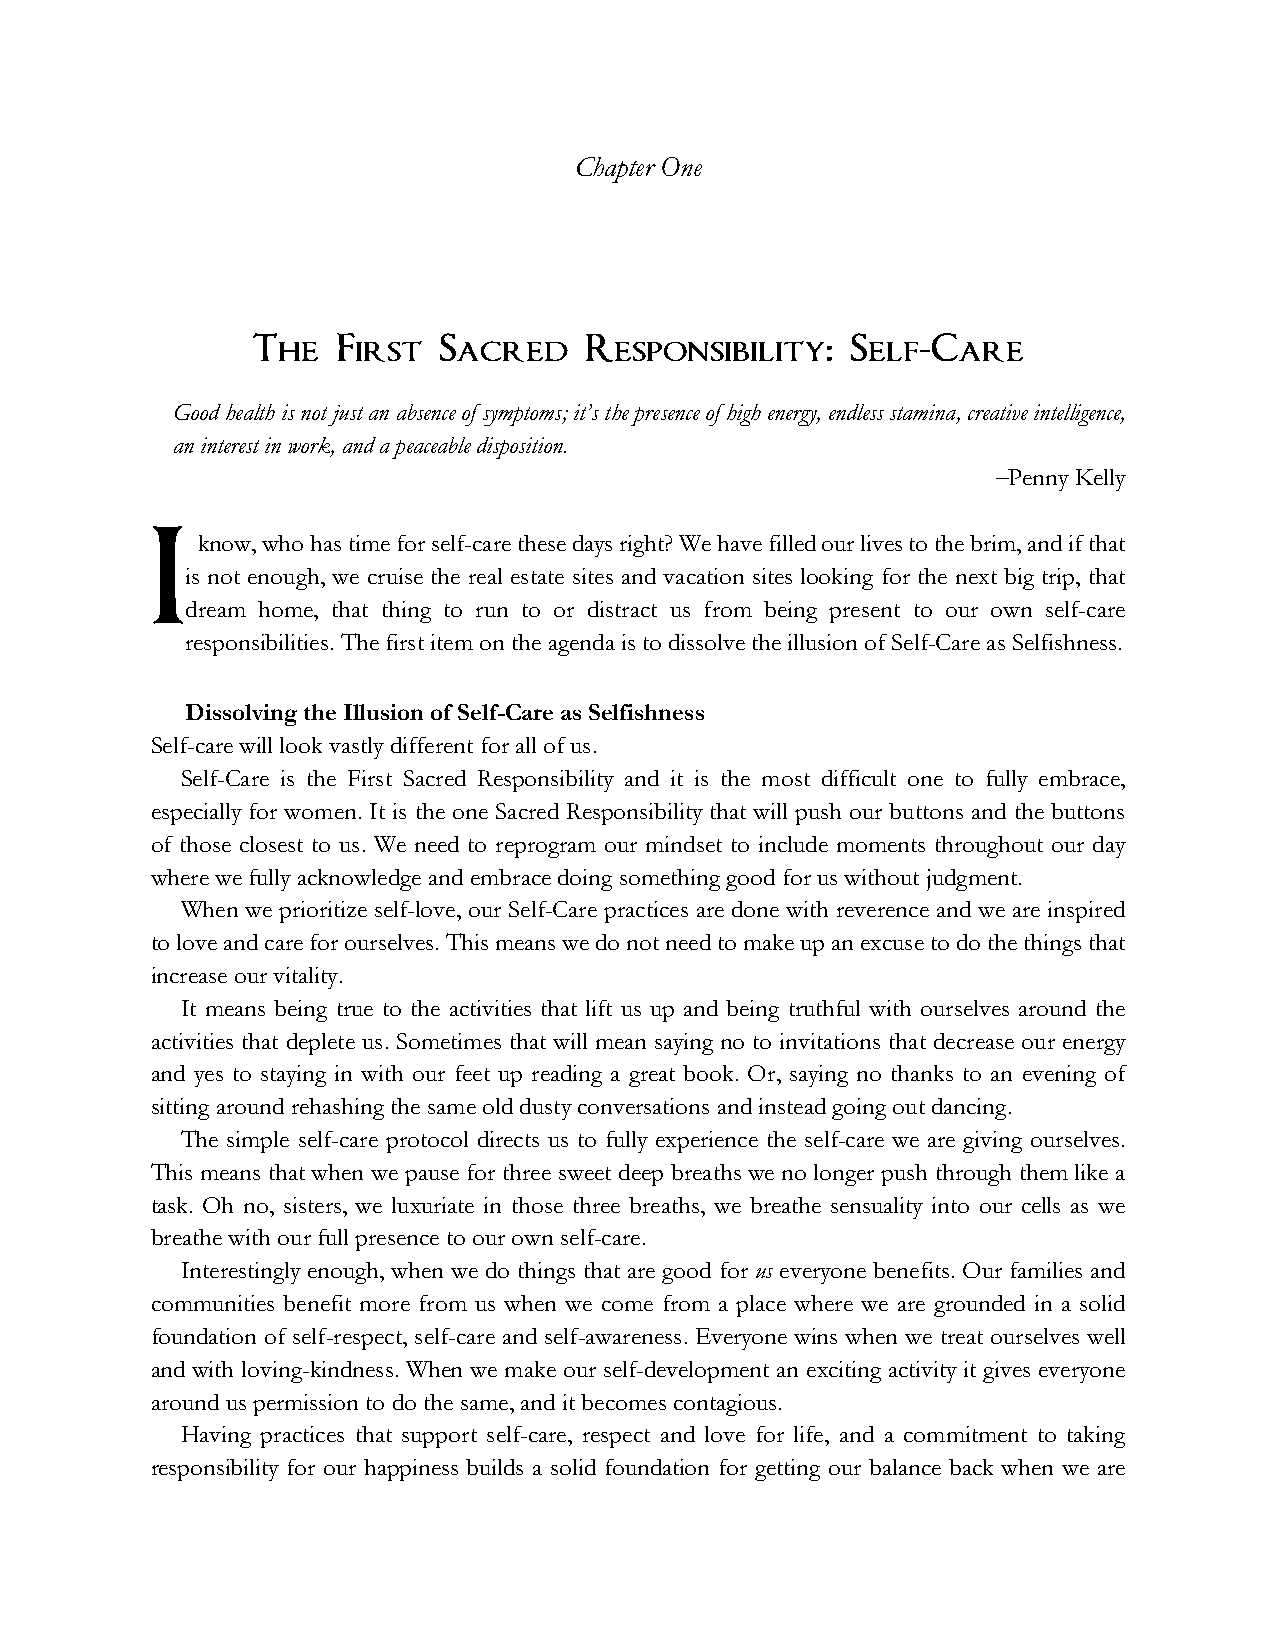
Chapter One
 The  First  Sacred    Responsibility:  Self-Care
 Good health is not just an absence of symptoms; it’s the presence of high energy, endless stamina, creative intelligence,
 an interest in work, and a peaceable disposition.
 –Penny Kelly
 know, who has time for self-care these days right? We have filled our lives to the brim, and if that
 I
 is not enough, we cruise the real estate sites and vacation sites looking for the next big trip, that
 dream home, that thing to run to or distract us from being present to our own self-care
 responsibilities. The first item on the agenda is to dissolve the illusion of Self-Care as Selfishness.
 Dissolving the Illusion of Self-Care as Selfishness
 Self-care will look vastly different for all of us.
 Self-Care is the First Sacred Responsibility and it is the most difficult one to fully embrace,
 especially for women. It is the one Sacred Responsibility that will push our buttons and the buttons
 of those closest to us. We need to reprogram our mindset to include moments throughout our day
 where we fully acknowledge and embrace doing something good for us without judgment.
 When we prioritize self-love, our Self-Care practices are done with reverence and we are inspired
 to love and care for ourselves. This means we do not need to make up an excuse to do the things that
 increase our vitality.
 It means being true to the activities that lift us up and being truthful with ourselves around the
 activities that deplete us. Sometimes that will mean saying no to invitations that decrease our energy
 and yes to staying in with our feet up reading a great book. Or, saying no thanks to an evening of
 sitting around rehashing the same old dusty conversations and instead going out dancing.
 The simple self-care protocol directs us to fully experience the self-care we are giving ourselves.
 This means that when we pause for three sweet deep breaths we no longer push through them like a
 task. Oh no, sisters, we luxuriate in those three breaths, we breathe sensuality into our cells as we
 breathe with our full presence to our own self-care.
 Interestingly enough, when we do things that are good for us everyone benefits. Our families and
 communities benefit more from us when we come from a place where we are grounded in a solid
 foundation of self-respect, self-care and self-awareness. Everyone wins when we treat ourselves well
 and with loving-kindness. When we make our self-development an exciting activity it gives everyone
 around us permission to do the same, and it becomes contagious.
 Having practices that support self-care, respect and love for life, and a commitment to taking
 responsibility for our happiness builds a solid foundation for getting our balance back when we are